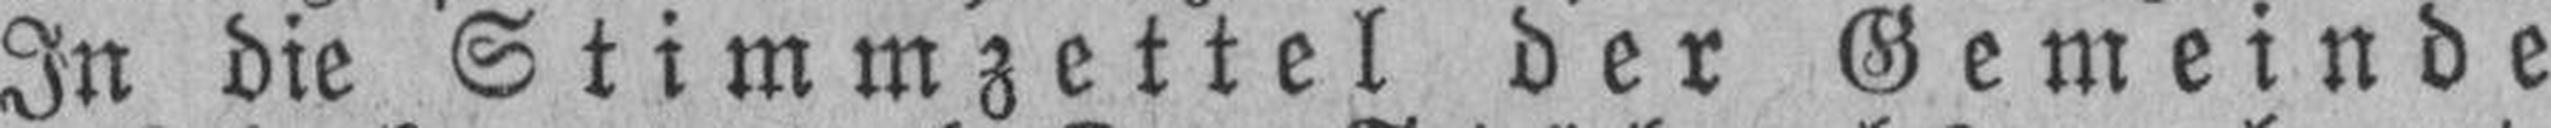
In die Stimmzettel der Gemeinde